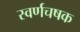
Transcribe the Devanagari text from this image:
स्वर्णचषक